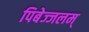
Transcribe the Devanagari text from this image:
पिबेज्जलम्